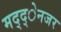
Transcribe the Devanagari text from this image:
मद्द्ेनजर